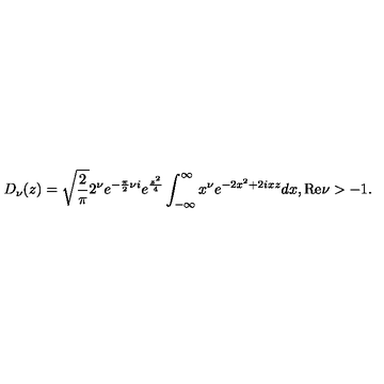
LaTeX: D _ { \nu } ( z ) = \sqrt { { \frac { 2 } { \pi } } } 2 ^ { \nu } e ^ { - { \frac { \pi } { 2 } } \nu i } e ^ { { \frac { z ^ { 2 } } { 4 } } } \int _ { - \infty } ^ { \infty } x ^ { \nu } e ^ { - 2 x ^ { 2 } + 2 i x z } d x , \mathrm { R e } \nu > - 1 .